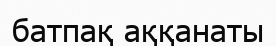
батпақ аққанаты